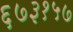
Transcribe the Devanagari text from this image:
६७३१५७